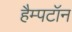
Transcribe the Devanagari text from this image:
हैम्पटॉन